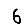
Digit: 6